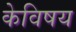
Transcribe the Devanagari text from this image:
केविषय